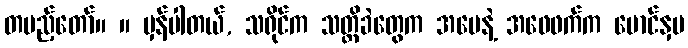
တပည့်တော်။ ။ မှန်ပါတယ်, သရိုင်က သတ္တိခဲတွေက အမေနဲ့ အဖေဖက်က မောင်နှမ